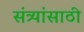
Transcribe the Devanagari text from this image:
संत्र्यांसाठी